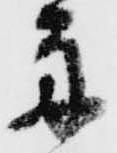
舟